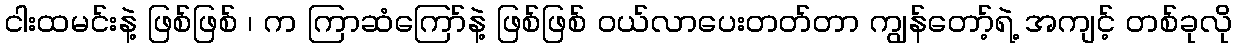
ငါးထမင်းနဲ့ ဖြစ်ဖြစ် ၊ က ကြာဆံကြော်နဲ့ ဖြစ်ဖြစ် ဝယ်လာပေးတတ်တာ ကျွန်တော့်ရဲ့ အကျင့် တစ်ခုလို